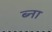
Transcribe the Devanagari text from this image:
ब्ना